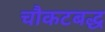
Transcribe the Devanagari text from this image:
चौकटबद्ध